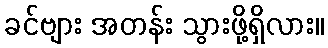
ခင်ဗျား အတန်း သွားဖို့ရှိလား။